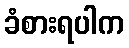
ခံစားရပါက